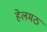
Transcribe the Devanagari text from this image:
हेलमठ